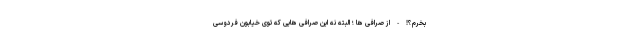
بخرم؟! - از صرافی ها ؛ البته نه این صرافی هایی که توی خیابون فردوسی